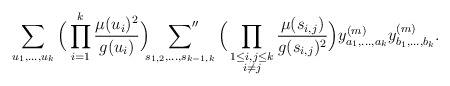
\begin{align*}\sum_{u_1, \ldots, u_k}\Big(\prod_{i = 1}^k \frac{\mu(u_i)^2}{g(u_i)}\Big) \sideset{}{''}\sum_{s_{1, 2}, \ldots, s_{k-1, k}} \Big(\prod_{\substack{1 \leq i, j \leq k \\ i \neq j}} \frac{\mu(s_{i, j})}{g(s_{i, j})^2}\Big) y^{(m)}_{a_1, \ldots, a_k} y^{(m)}_{b_1, \ldots, b_k}.\end{align*}